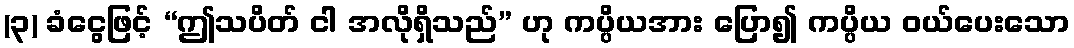
(၃) ခံငွေဖြင့် “ဤသပိတ် ငါ အလိုရှိသည်” ဟု ကပ္ပိယအား ပြော၍ ကပ္ပိယ ဝယ်ပေးသော